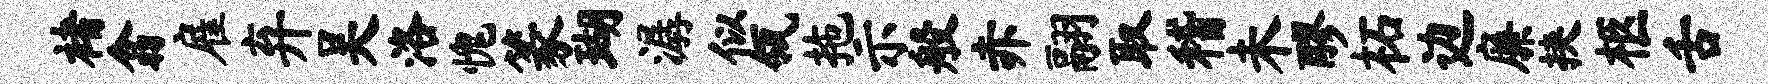
褚翕雇弃吴洛愧篆瑚潺似瓴拖示般赤翮取稽未醪柘边廉挟柩舌